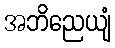
အဘိညေယျံ